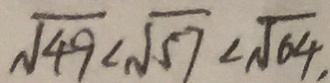
\sqrt { 4 9 } < \sqrt { 5 7 } < \sqrt { 6 4 } ,